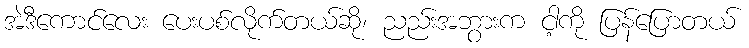
အဲဒီကောင်လေး ပေးပစ်လိုက်တယ်ဆို၊ ညည်းအဘွားက ငါ့ကို ပြန်ပြောတယ်